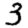
Digit: 3